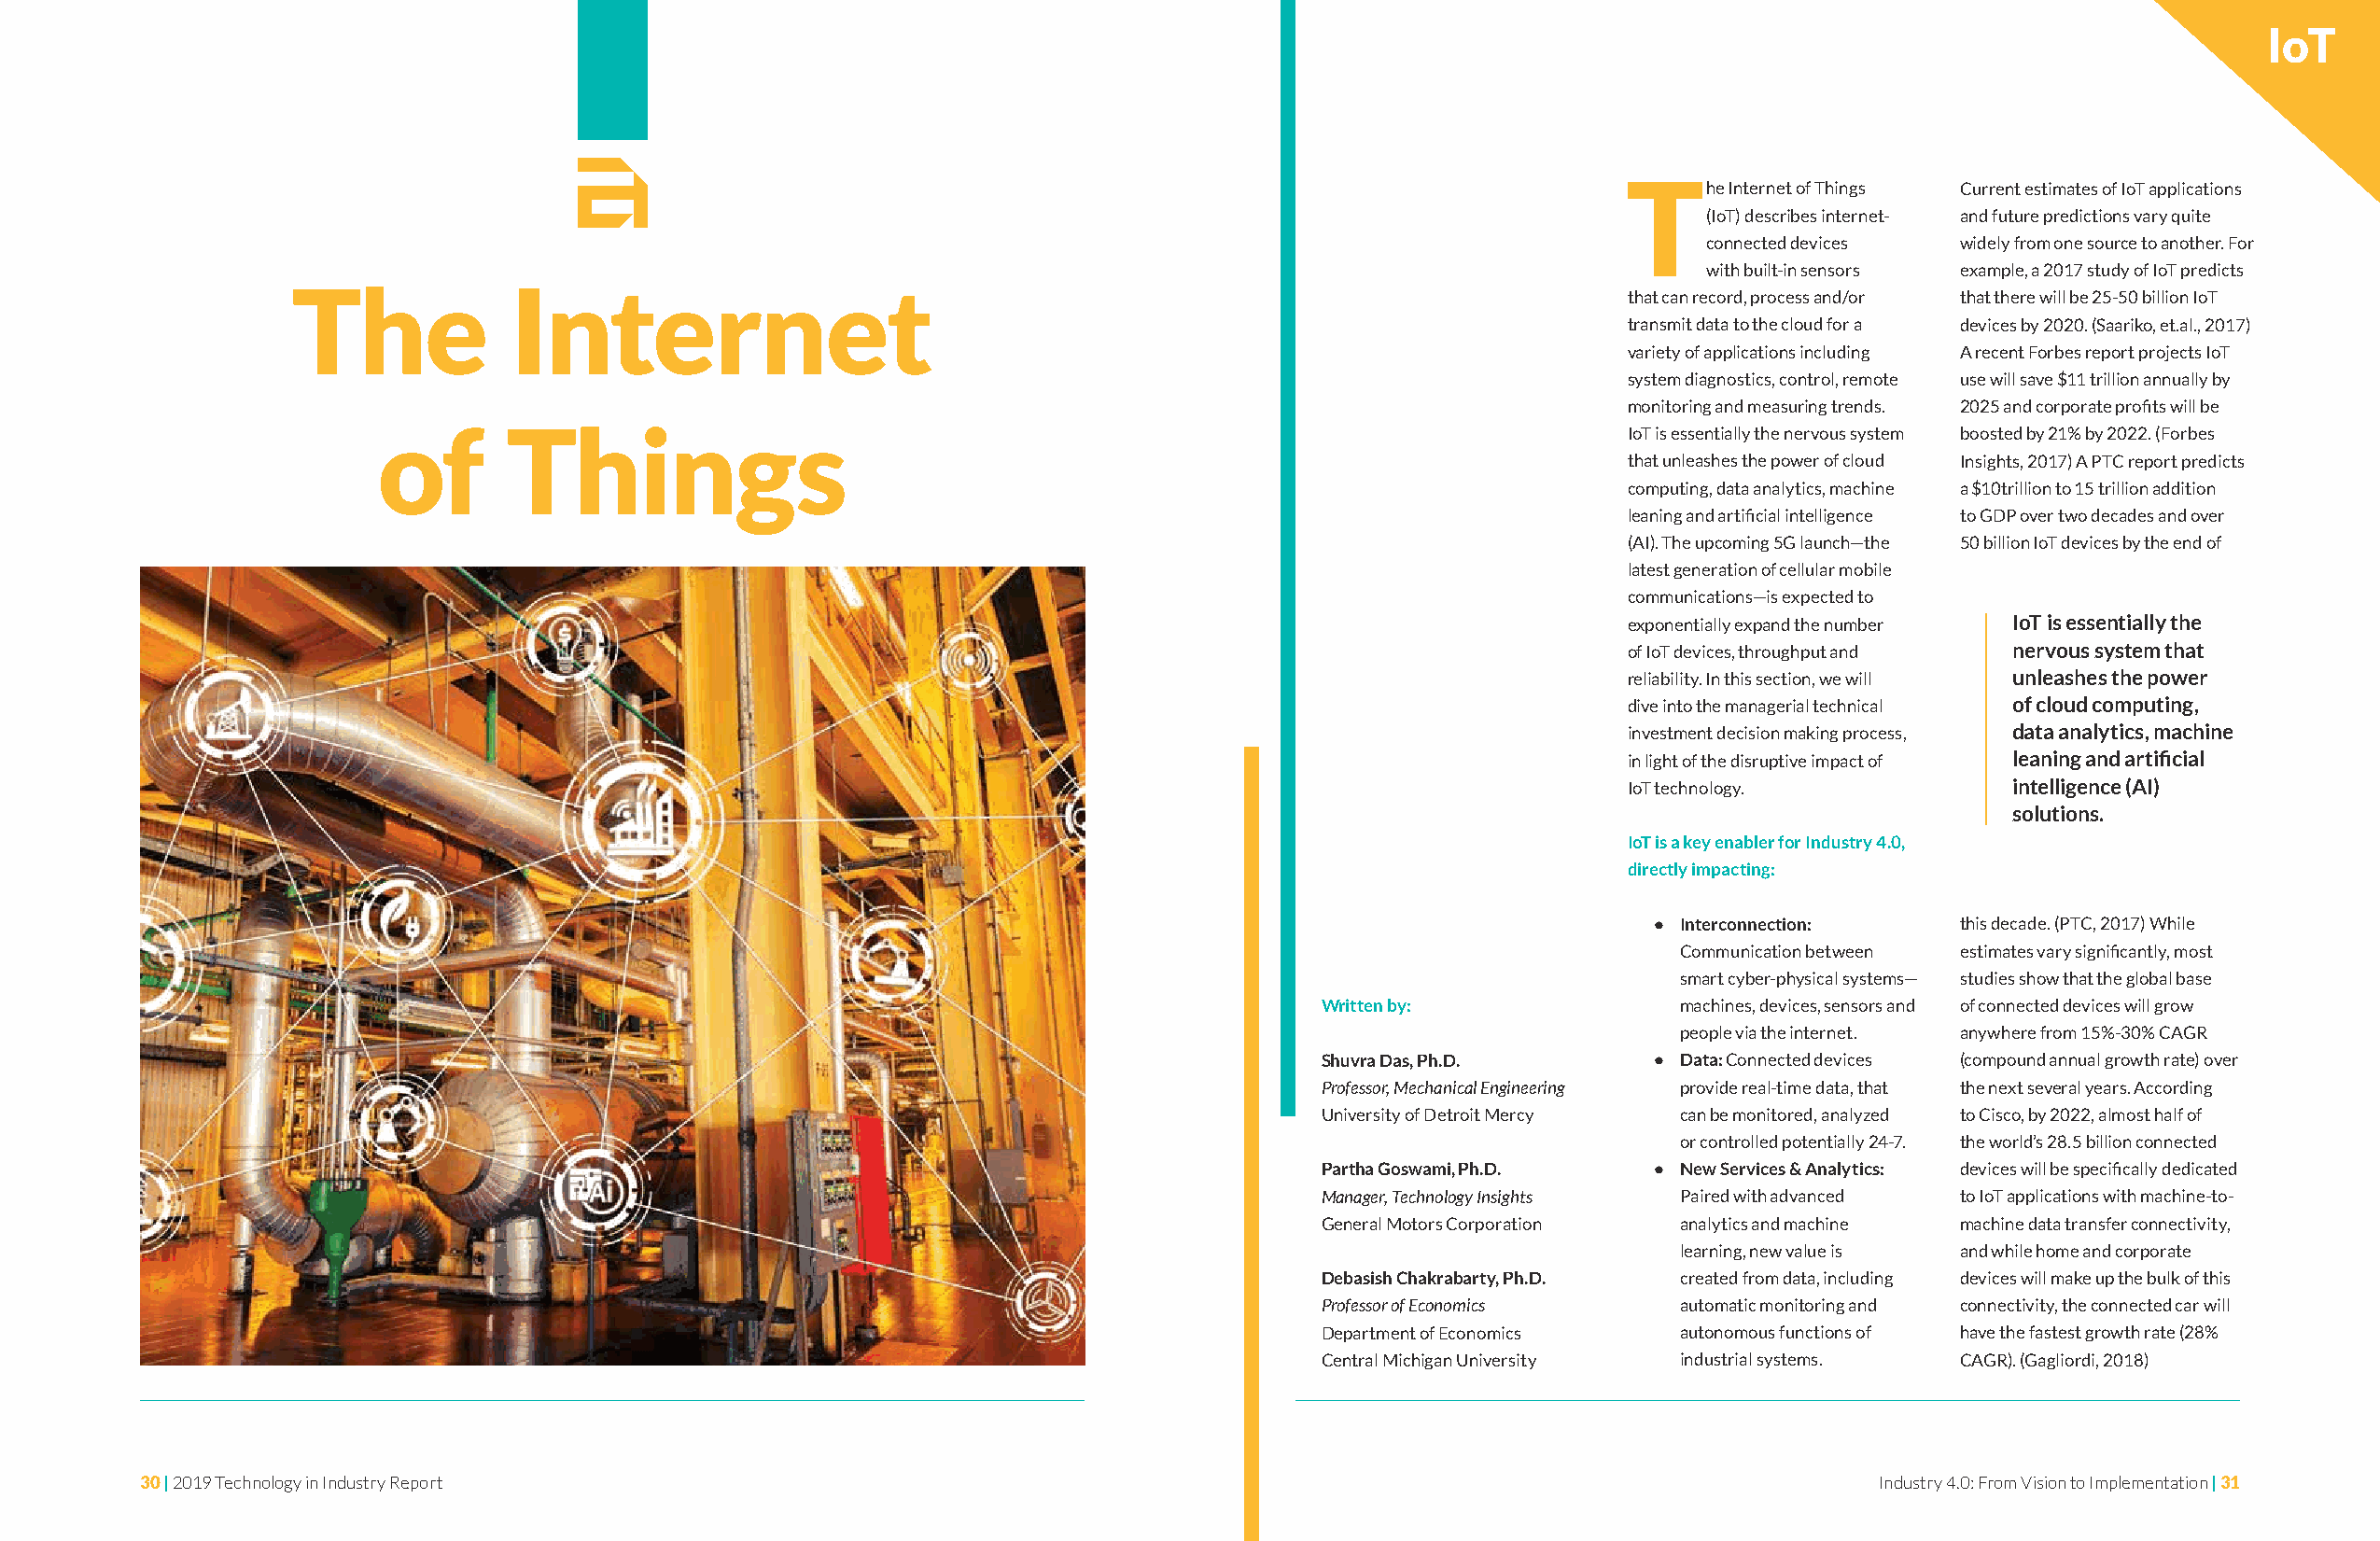
IoT
 T
 he Internet of Things Current estimates of IoT applications
 (IoT) describes internet- and future predictions vary quite
 connected devices widely from one source to another. For
 with built-in sensors example, a 2017 study of IoT predicts
 The            Internet
 that can record, process and/or that there will be 25-50 billion IoT
 transmit data to the cloud for a devices by 2020. (Saariko, et.al., 2017)
 variety of applications including A recent Forbes report projects IoT
 system diagnostics, control, remote use will save $11 trillion annually by
 monitoring and measuring trends. 2025 and corporate profits will be
 of       Things
 IoT is essentially the nervous system boosted by 21% by 2022. (Forbes
 that unleashes the power of cloud Insights, 2017) A PTC report predicts
 computing, data analytics, machine a $10trillion to 15 trillion addition
 leaning and artificial intelligence to GDP over two decades and over
 (AI). The upcoming 5G launch—the 50 billion IoT devices by the end of
 latest generation of cellular mobile
 communications—is expected to
 exponentially expand the number IoT is essentially the
 of IoT devices, throughput and nervous system that
 reliability. In this section, we will unleashes the power
 dive into the managerial technical of cloud computing,
 investment decision making process, data analytics, machine
 in light of the disruptive impact of leaning and artificial
 IoT technology.             intelligence (AI)
 solutions.
 IoT is a key enabler for Industry 4.0,
 directly impacting:
 • Interconnection:    this decade. (PTC, 2017) While
 Communication between estimates vary significantly, most
 smart cyber-physical systems— studies show that the global base
 Written by:              machines, devices, sensors and of connected devices will grow
 people via the internet. anywhere from 15%-30% CAGR
 Shuvra Das, Ph.D.      • Data: Connected devices (compound annual growth rate) over
 Professor, Mechanical Engineering provide real-time data, that the next several years. According
 University of Detroit Mercy can be monitored, analyzed to Cisco, by 2022, almost half of
 or controlled potentially 24-7. the world’s 28.5 billion connected
 Partha Goswami, Ph.D.  • New Services & Analytics: devices will be specifically dedicated
 Manager, Technology Insights Paired with advanced to IoT applications with machine-to-
 General Motors Corporation analytics and machine machine data transfer connectivity,
 learning, new value is and while home and corporate
 Debasish Chakrabarty, Ph.D. created from data, including devices will make up the bulk of this
 Professor of Economics   automatic monitoring and connectivity, the connected car will
 Department of Economics  autonomous functions of have the fastest growth rate (28%
 Central Michigan University industrial systems. CAGR). (Gagliordi, 2018)
 30 | 2019 Technology in Industry Report                                                                                    Industry 4.0: From Vision to Implementation | 31